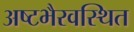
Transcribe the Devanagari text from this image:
अष्टभैरवस्थित